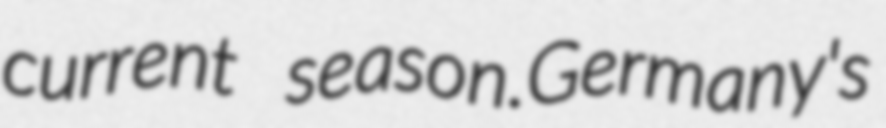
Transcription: current season.Germany's